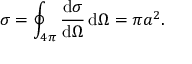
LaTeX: \sigma = \oint _ { 4 \pi } { \frac { \mathrm { d } \sigma } { \mathrm { d } \Omega } } \, \mathrm { d } \Omega = \pi a ^ { 2 } .